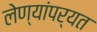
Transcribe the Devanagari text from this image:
लेण्यांपर्यत